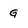
Character: G